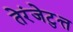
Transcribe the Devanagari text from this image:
तेरंजेटुत्त